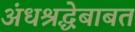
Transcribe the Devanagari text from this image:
अंधश्रद्धेबाबत